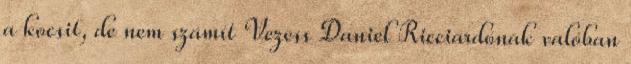
a kocsit, de nem számít Vezess Daniel Ricciardónak valóban